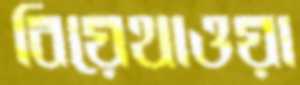
বিয়েথাওয়া